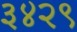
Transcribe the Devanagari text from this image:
३४२९